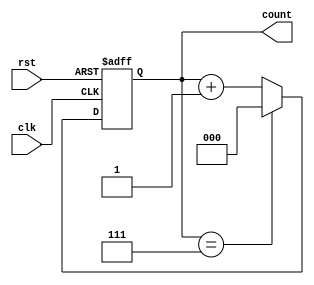
module divide_by_n_counter #(
    parameter N = 8 // Default value of N (must be > 0)
) (
    input wire clk,     // Clock signal
    input wire rst,     // Asynchronous reset signal
    output reg [$clog2(N)-1:0] count // Counter output
);

    // Ensure N is greater than 0
    initial begin
        if (N <= 0) begin
            $fatal("Parameter N must be greater than 0");
        end
    end

    // Counter logic
    always @(posedge clk or posedge rst) begin
        if (rst) begin
            count <= 0; // Reset the counter to 0
        end else begin
            if (count == N-1) begin
                count <= 0; // Wrap around when reaching N
            end else begin
                count <= count + 1; // Increment the counter
            end
        end
    end

endmodule